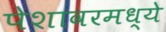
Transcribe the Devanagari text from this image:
पेशावरमध्ये